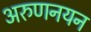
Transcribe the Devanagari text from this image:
अरुणनयन